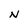
Character: N